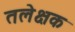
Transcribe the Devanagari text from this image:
तलेक्षक